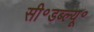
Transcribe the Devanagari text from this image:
सी॰डब्ल्यू॰